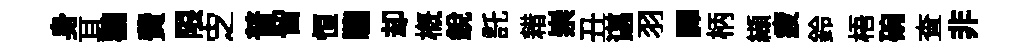
身耳鸛費限㝎普留恒騮却概銳託耤崇丑谌羽譯柄纈疲鈴梧碗查非